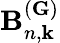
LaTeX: \textbf{B}_{n,\textbf{k}}^{(\textbf{G})}